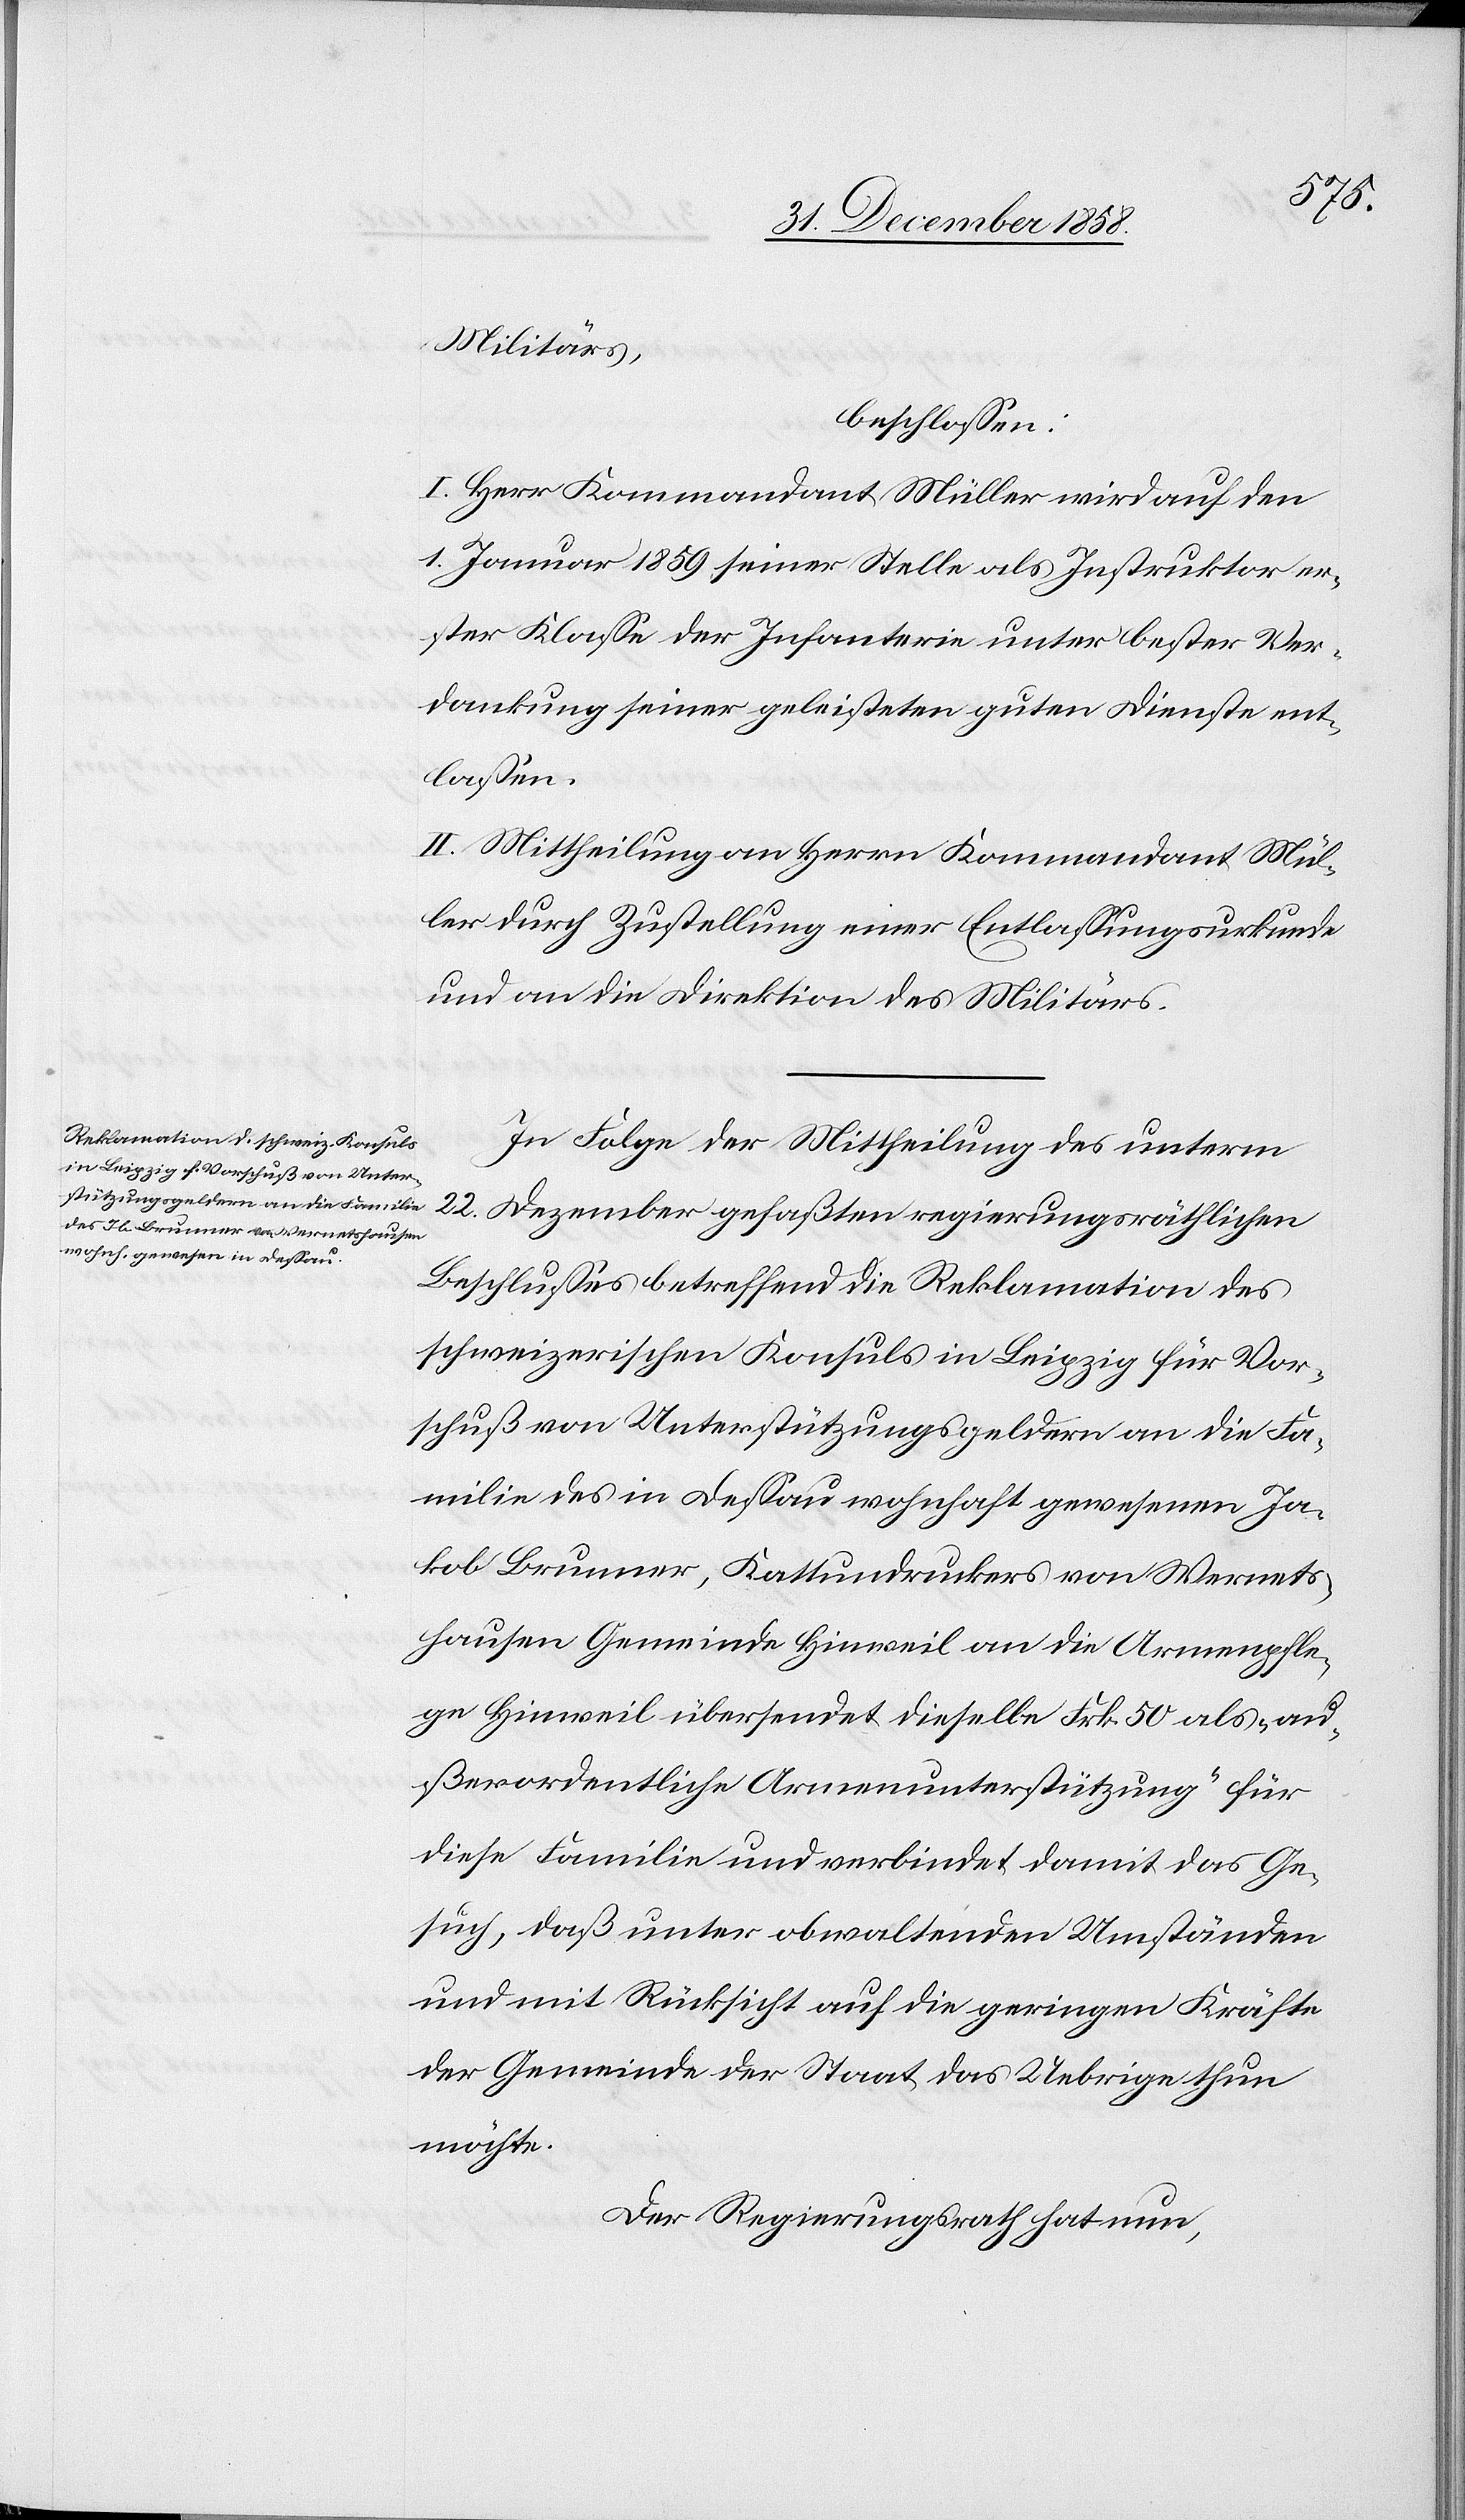
12.
möchte: